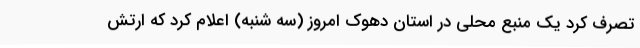
تصرف کرد یک منبع محلی در استان دهوک امروز (سه شنبه) اعلام کرد که ارتش